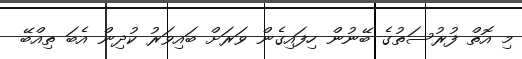
މި އޮތް ފުރުސަތުގެ ބޭނުން ހިފައިގެން ވަރަށް ބައިވަރު ކުދިން އެބަ ތިއްބޭ